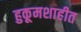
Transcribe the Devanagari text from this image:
हुकूमशाहीत